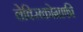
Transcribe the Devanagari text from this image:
लेक्सिकोग्राफी